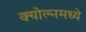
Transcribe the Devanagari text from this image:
क्योल्नमध्ये